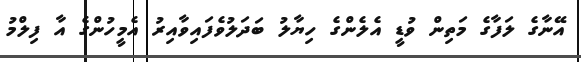
އޭނާގެ ލަފާގެ މަތިން ވުޑީ އެލެންގެ ހިޔާލު ބަދަލުވެފައިވާއިރު އެމީހުންގެ އާ ފިލްމު